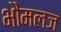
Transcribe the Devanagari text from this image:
भौंमलज